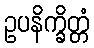
ဥပနိက္ခိတ္တံ